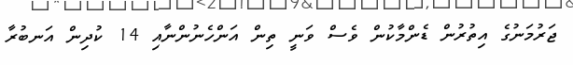
ޖަރުމަނުގެ އިތުރުން ޑެންމާކުން ވެސް ވަނީ ތިން އަންހެނުންނާއި 14 ކުދިން އަނބުރާ